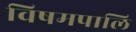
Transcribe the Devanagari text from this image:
विषमपालि